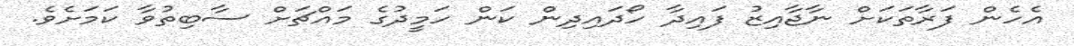
އެހެން ފަރާތަކަށް ނާޖާއިޒު ފައިދާ ހޯދައިދިން ކަން ހަމީދުގެ މައްޗަށް ސާބިތުވާ ކަމަށެވެ.